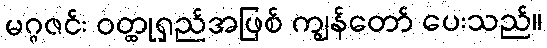
မဂ္ဂဇင်း ဝတ္ထုရှည်အဖြစ် ကျွန်တော် ပေးသည်။